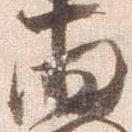
両